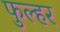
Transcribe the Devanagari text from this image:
फुल्हर